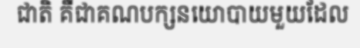
ជាតិ គឺជាគណបក្សនយោបាយមួយដែល